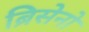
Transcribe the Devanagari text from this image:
ब्रिसेनो